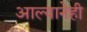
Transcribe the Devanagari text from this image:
आल्यानेही